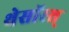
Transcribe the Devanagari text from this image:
थेसॉरस्